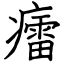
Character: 癗